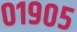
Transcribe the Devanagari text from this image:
०१९०५